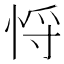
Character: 𢚃